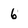
Character: 6